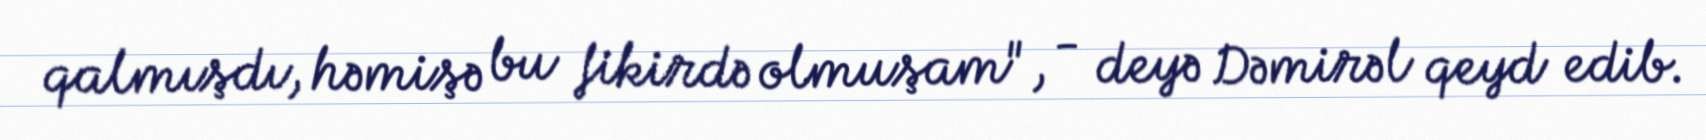
qalmışdı, həmişə bu fikirdə olmuşam", - deyə Dəmirəl qeyd edib.